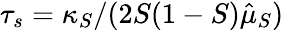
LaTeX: \tau_{s}=\kappa_{S}/(2S(1-S)\hat{\mu}_{S})